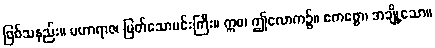
ဖြစ်သနည်း။ မဟာရာဇ၊ မြတ်သောမင်းကြီး။ ဣဓ၊ ဤလောက၌။ ဧကစ္စော၊ အချို့သော။